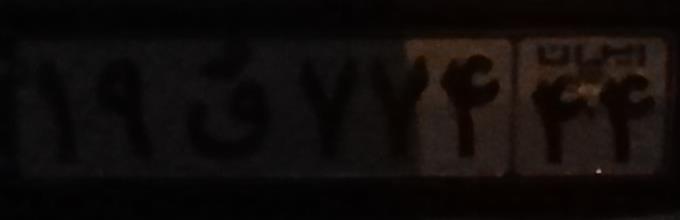
۱۹ق۷۷۴۴۴